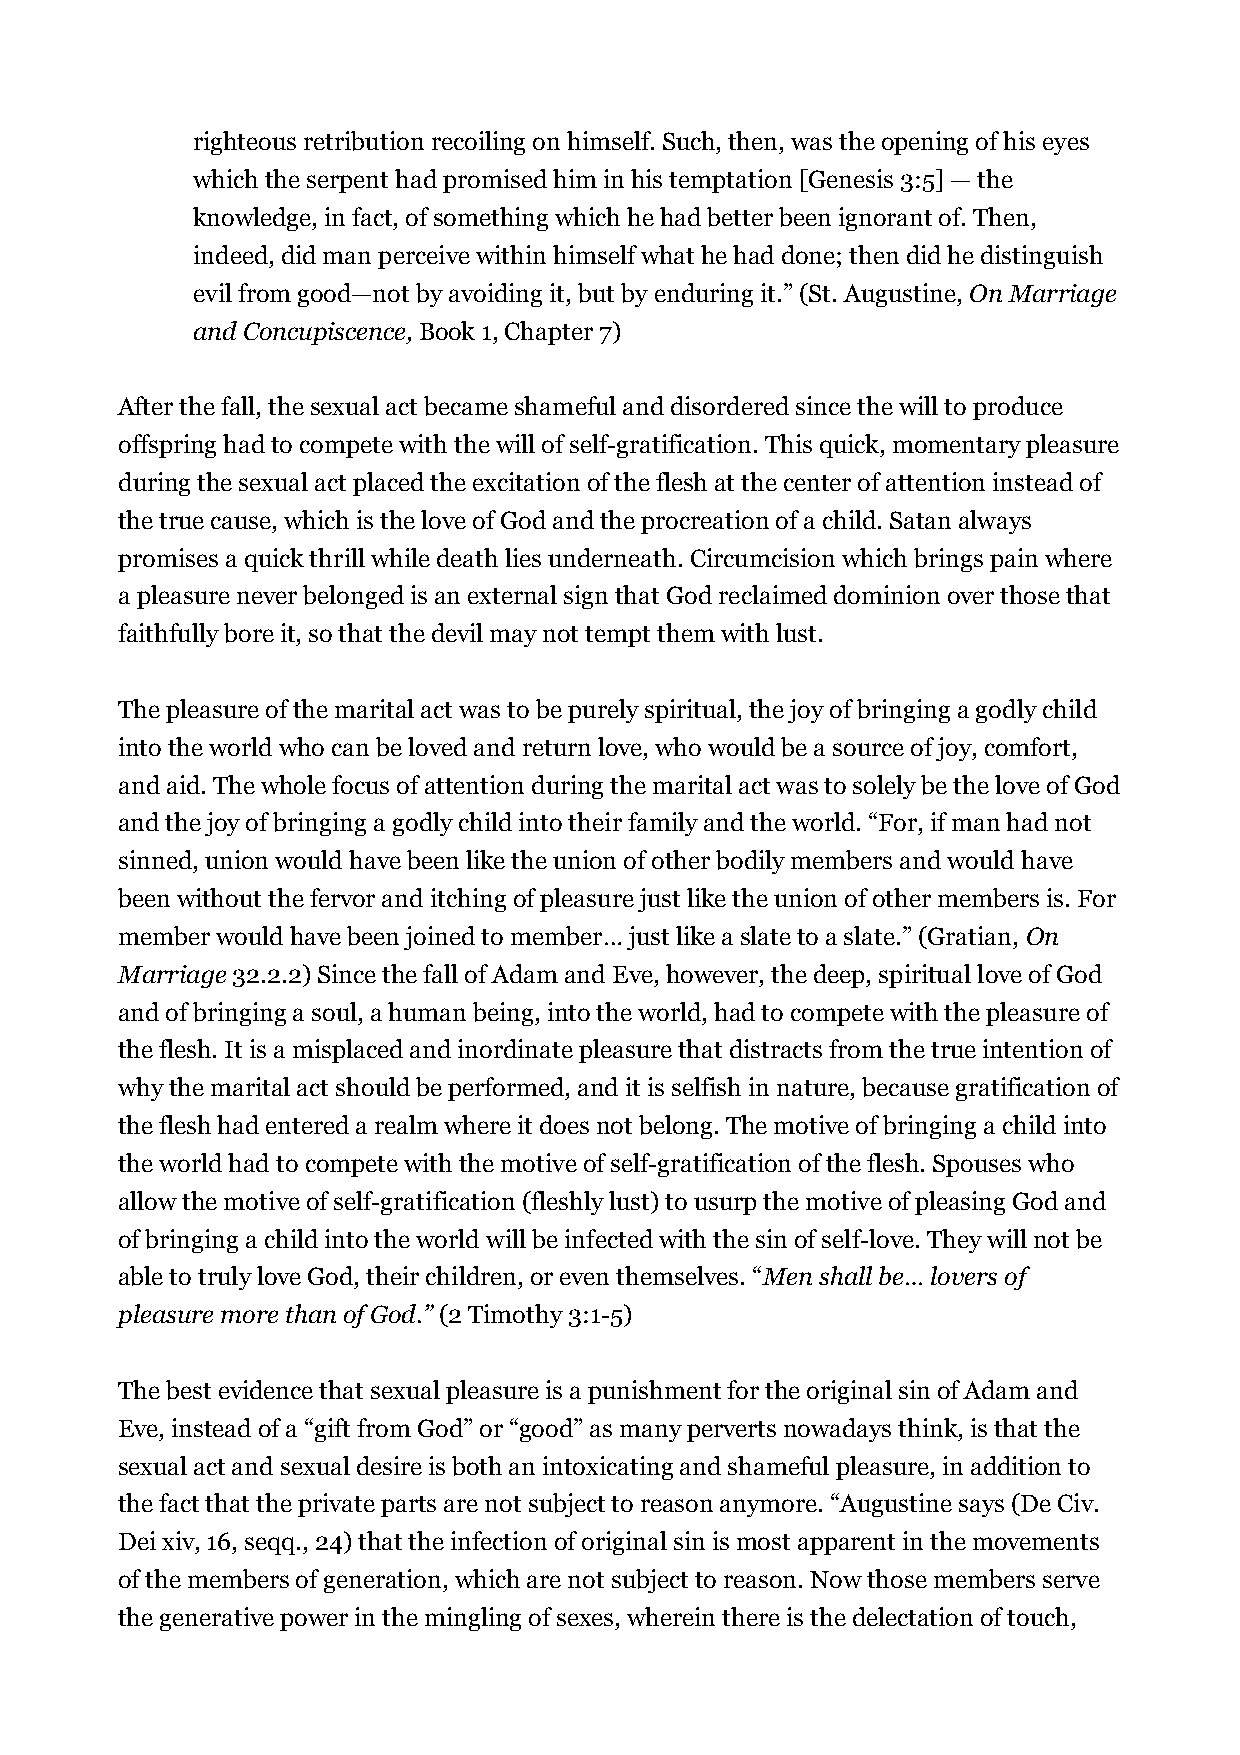
righteous retribution recoiling on himself. Such, then, was the opening of his eyes
 which the serpent had promised him in his temptation [Genesis 3:5] — the
 knowledge, in fact, of something which he had better been ignorant of. Then,
 indeed, did man perceive within himself what he had done; then did he distinguish
 evil from good—not by avoiding it, but by enduring it.” (St. Augustine, On Marriage
 and Concupiscence, Book 1, Chapter 7)
 After the fall, the sexual act became shameful and disordered since the will to produce
 offspring had to compete with the will of self-gratification. This quick, momentary pleasure
 during the sexual act placed the excitation of the flesh at the center of attention instead of
 the true cause, which is the love of God and the procreation of a child. Satan always
 promises a quick thrill while death lies underneath. Circumcision which brings pain where
 a pleasure never belonged is an external sign that God reclaimed dominion over those that
 faithfully bore it, so that the devil may not tempt them with lust.
 The pleasure of the marital act was to be purely spiritual, the joy of bringing a godly child
 into the world who can be loved and return love, who would be a source of joy, comfort,
 and aid. The whole focus of attention during the marital act was to solely be the love of God
 and the joy of bringing a godly child into their family and the world. “For, if man had not
 sinned, union would have been like the union of other bodily members and would have
 been without the fervor and itching of pleasure just like the union of other members is. For
 member would have been joined to member… just like a slate to a slate.” (Gratian, On
 Marriage 32.2.2) Since the fall of Adam and Eve, however, the deep, spiritual love of God
 and of bringing a soul, a human being, into the world, had to compete with the pleasure of
 the flesh. It is a misplaced and inordinate pleasure that distracts from the true intention of
 why the marital act should be performed, and it is selfish in nature, because gratification of
 the flesh had entered a realm where it does not belong. The motive of bringing a child into
 the world had to compete with the motive of self-gratification of the flesh. Spouses who
 allow the motive of self-gratification (fleshly lust) to usurp the motive of pleasing God and
 of bringing a child into the world will be infected with the sin of self-love. They will not be
 able to truly love God, their children, or even themselves. “Men shall be… lovers of
 pleasure more than of God.” (2 Timothy 3:1-5)
 The best evidence that sexual pleasure is a punishment for the original sin of Adam and
 Eve, instead of a “gift from God” or “good” as many perverts nowadays think, is that the
 sexual act and sexual desire is both an intoxicating and shameful pleasure, in addition to
 the fact that the private parts are not subject to reason anymore. “Augustine says (De Civ.
 Dei xiv, 16, seqq., 24) that the infection of original sin is most apparent in the movements
 of the members of generation, which are not subject to reason. Now those members serve
 the generative power in the mingling of sexes, wherein there is the delectation of touch,